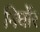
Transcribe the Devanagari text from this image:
निर्घोर